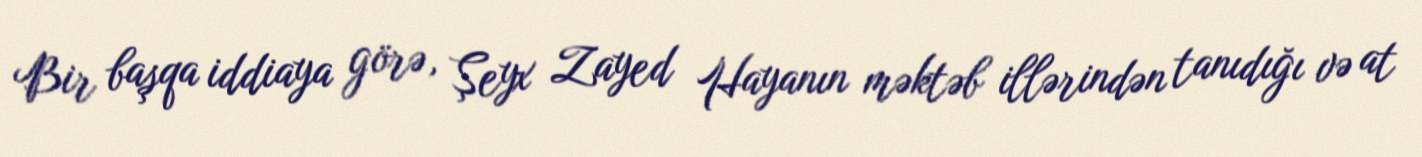
Bir başqa iddiaya görə, Şeyx Zayed Hayanın məktəb illərindən tanıdığı və at